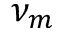
\nu _ { m }